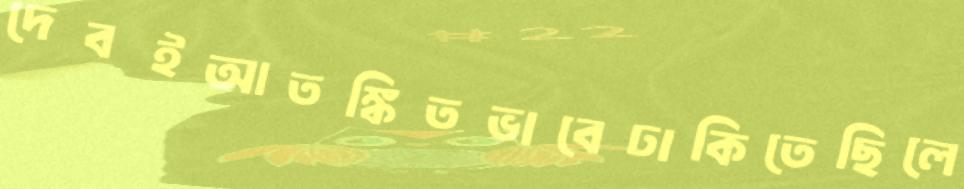
দেবইআতঙ্কিতভাবেঢাকিতেছিলে